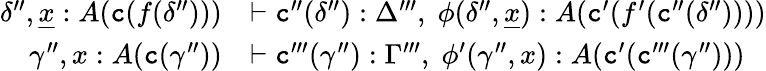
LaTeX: \begin{array}{rl}{\delta^{\prime\prime},\underline{{x}}:A(\textnormal{\texttt{c}}(f(\delta^{\prime\prime})))}&{\vdash\textnormal{\texttt{c}}^{\prime\prime}(\delta^{\prime\prime}):\Delta^{\prime\prime\prime},\; \phi(\delta^{\prime\prime},\underline{{x}}):A(\textnormal{\texttt{c}}^{\prime}(f^{\prime}(\textnormal{\texttt{c}}^{\prime\prime}(\delta^{\prime\prime}))))}\\ {\gamma^{\prime\prime},x:A(\textnormal{\texttt{c}}(\gamma^{\prime\prime}))}&{\vdash\textnormal{\texttt{c}}^{\prime\prime\prime}(\gamma^{\prime\prime}):\Gamma^{\prime\prime\prime},\; \phi^{\prime}(\gamma^{\prime\prime},x):A(\textnormal{\texttt{c}}^{\prime}(\textnormal{\texttt{c}}^{\prime\prime\prime}(\gamma^{\prime\prime})))}\end{array}